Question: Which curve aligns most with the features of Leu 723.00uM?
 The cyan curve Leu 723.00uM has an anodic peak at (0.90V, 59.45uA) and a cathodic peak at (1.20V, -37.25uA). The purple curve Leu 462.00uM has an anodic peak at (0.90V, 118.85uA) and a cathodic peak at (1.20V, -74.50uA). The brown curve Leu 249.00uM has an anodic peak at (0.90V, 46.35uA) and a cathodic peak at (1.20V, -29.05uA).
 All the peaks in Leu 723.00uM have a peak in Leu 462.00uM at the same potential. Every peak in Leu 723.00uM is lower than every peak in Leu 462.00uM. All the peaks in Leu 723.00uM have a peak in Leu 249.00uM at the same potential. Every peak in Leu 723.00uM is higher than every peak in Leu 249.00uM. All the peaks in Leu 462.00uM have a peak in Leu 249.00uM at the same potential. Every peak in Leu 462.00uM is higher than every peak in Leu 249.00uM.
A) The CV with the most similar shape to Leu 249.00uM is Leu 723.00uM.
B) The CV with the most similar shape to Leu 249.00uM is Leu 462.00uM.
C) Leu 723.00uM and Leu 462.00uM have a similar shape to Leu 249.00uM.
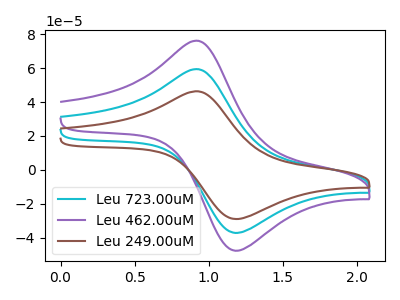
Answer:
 <answer>C) "Leu 723.00uM" and "Leu 462.00uM" have a similar shape to "Leu 249.00uM".</answer>
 <eval>C</eval>